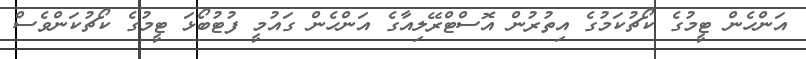
އަންހެން ޓީމުގެ ކޯޗުކަމުގެ އިތުރުން އޮސްޓްރޭލިއާގެ އަންހެން ގައުމީ ފުޓުބޯޅަ ޓީމުގެ ކޯޗުކަންވެސް